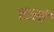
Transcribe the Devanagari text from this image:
तउसी